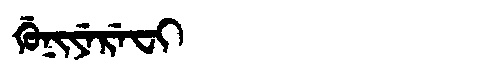
Manchu: ᡤᡠᠨᡳᠶᡝᡵᡝᠸᡳ
Romanization: GUNIYEREFI